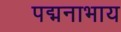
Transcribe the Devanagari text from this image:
पद्मनाभाय